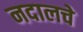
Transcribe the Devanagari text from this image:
नदालचे